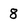
Character: 8